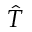
\hat { T }